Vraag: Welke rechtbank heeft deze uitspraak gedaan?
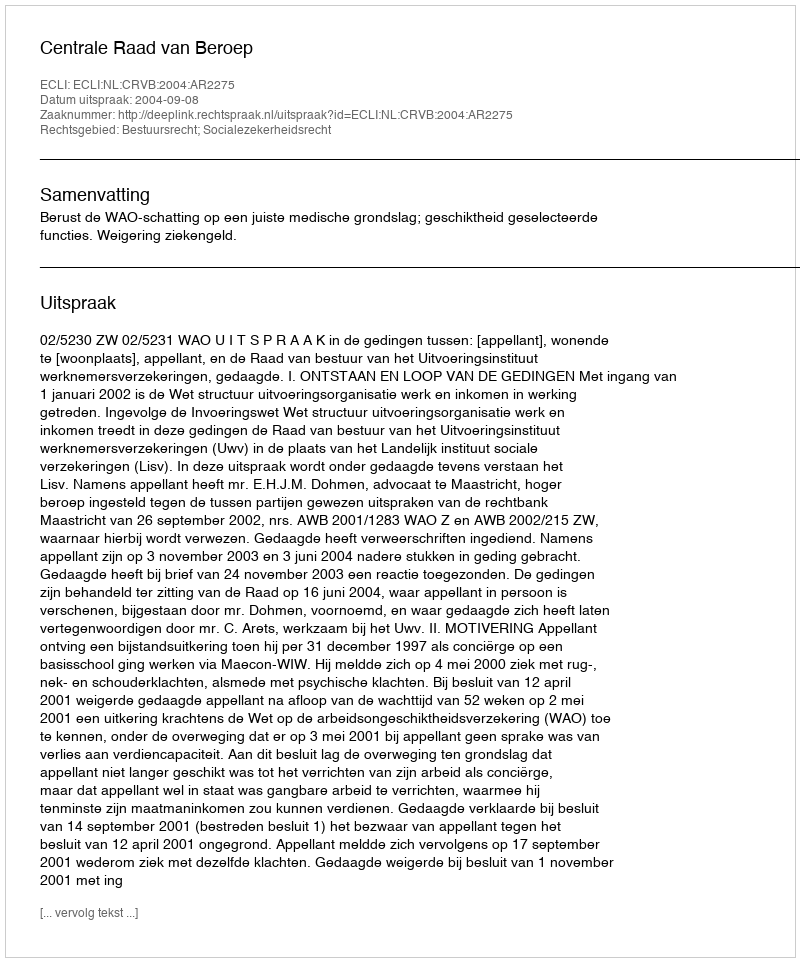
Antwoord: Centrale Raad van Beroep